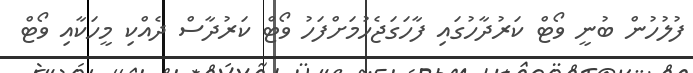
ފުލުހުން ބުނީ ވޯޓް ކަރުދާހުގައި ފާހަގަޖެހުމަށްފަހު ވޯޓް ކަރުދާސް ދެއްކި މީހަކާއި ވޯޓް